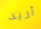
أريد